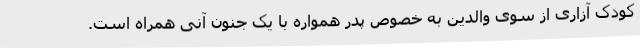
کودک آزاری از سوی والدین به خصوص پدر همواره با یک جنون آنی همراه است.